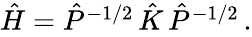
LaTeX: \begin{array}{r}{\hat{H}=\hat{P}^{-1/2}\, \hat{K}\, \hat{P}^{-1/2}\, .}\end{array}